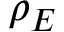
\rho _ { E }